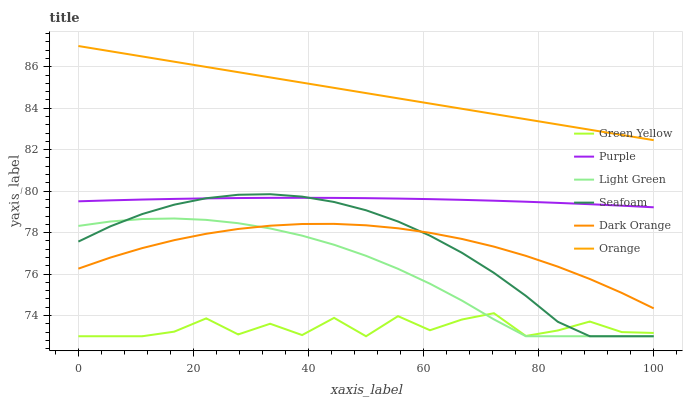
| xaxis_label | Green Yellow | Purple | Light Green | Seafoam | Dark Orange | Orange |
 | --- | --- | --- | --- | --- | --- | --- |
 | 0 | 73 | 79.5 | 78.3 | 77.6 | 76.3 | 87 |
 | 5.56 | 73 | 79.6 | 78.5 | 78.3 | 76.8 | 86.7 |
 | 11.1 | 73 | 79.6 | 78.7 | 78.9 | 77.3 | 86.5 |
 | 16.7 | 73.2 | 79.6 | 78.7 | 79.3 | 77.6 | 86.2 |
 | 22.2 | 73.9 | 79.6 | 78.6 | 79.7 | 77.9 | 86 |
 | 27.8 | 73.1 | 79.7 | 78.5 | 79.8 | 78.2 | 85.7 |
 | 33.3 | 73.6 | 79.7 | 78.2 | 79.9 | 78.3 | 85.5 |
 | 38.9 | 73.1 | 79.7 | 77.9 | 79.7 | 78.4 | 85.2 |
 | 44.4 | 73.9 | 79.7 | 77.4 | 79.5 | 78.4 | 85 |
 | 50 | 73 | 79.7 | 76.9 | 79.1 | 78.4 | 84.7 |
 | 55.6 | 74 | 79.6 | 76.3 | 78.5 | 78.2 | 84.5 |
 | 61.1 | 73.3 | 79.6 | 75.5 | 77.9 | 78 | 84.2 |
 | 66.7 | 73.8 | 79.6 | 74.7 | 77 | 77.7 | 84 |
 | 72.2 | 74.1 | 79.5 | 73.8 | 76.1 | 77.3 | 83.7 |
 | 77.8 | 73 | 79.5 | 73 | 74.9 | 76.9 | 83.5 |
 | 83.3 | 73.3 | 79.4 | 73 | 73.7 | 76.4 | 83.2 |
 | 88.9 | 73.7 | 79.4 | 73 | 73 | 75.8 | 83 |
 | 94.4 | 73.2 | 79.3 | 73 | 73 | 75.1 | 82.7 |
 | 100 | 73.2 | 79.2 | 73 | 73 | 74.3 | 82.5 |